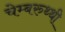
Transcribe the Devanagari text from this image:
चेम्बरुथ्थी